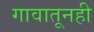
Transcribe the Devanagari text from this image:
गावातूनही